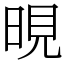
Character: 晛